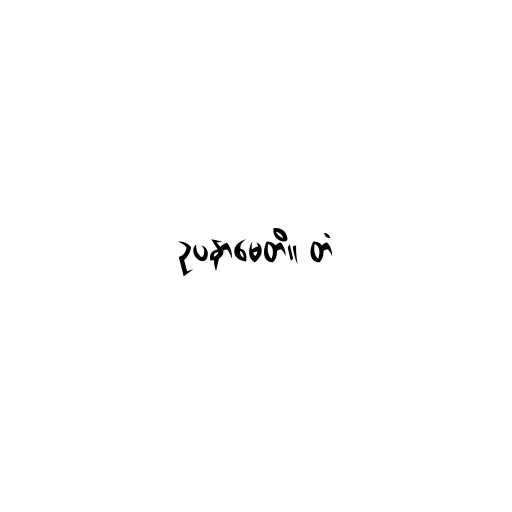
ဥပနာမေတိ။ တံ